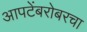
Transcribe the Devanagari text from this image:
आपटेंबरोबरचा